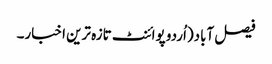
فیصل آباد(اُردو پوائنٹ تازہ ترین اخبار۔